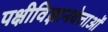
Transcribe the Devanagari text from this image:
पक्षीविज्ञानवेत्ताओं